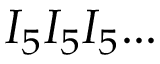
I _ { 5 } I _ { 5 } I _ { 5 } . . .